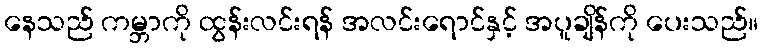
နေသည် ကမ္ဘာကို ထွန်းလင်းရန် အလင်းရောင်နှင့် အပူချိန်ကို ပေးသည်။